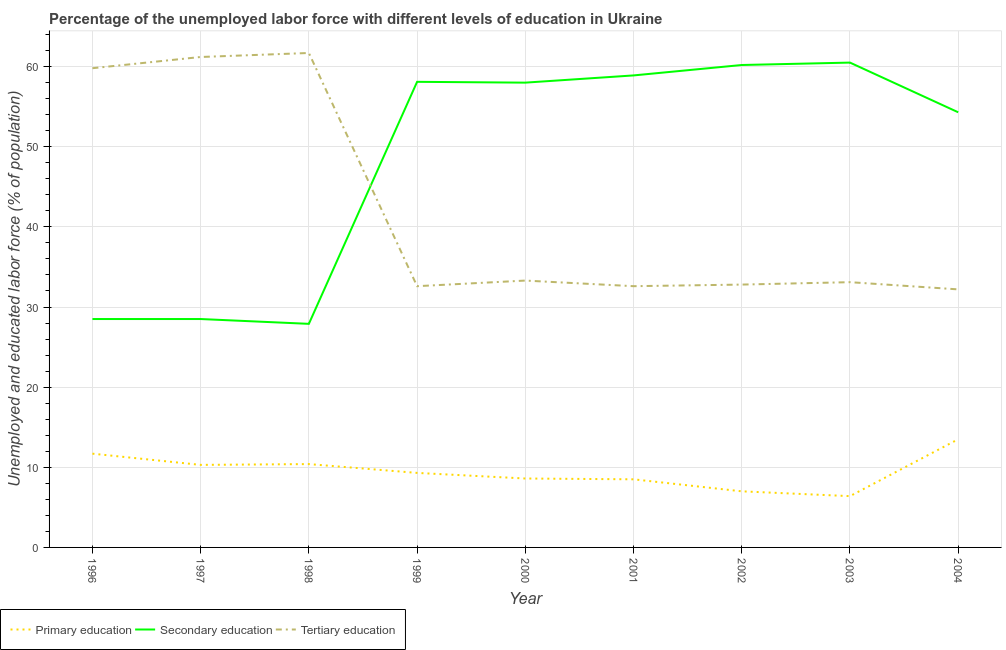
| Year | Primary education | Secondary education | Tertiary education |
 | --- | --- | --- | --- |
 | 1996 | 11.7 | 28.5 | 59.8 |
 | 1997 | 10.3 | 28.5 | 61.2 |
 | 1998 | 10.4 | 27.9 | 61.7 |
 | 1999 | 9.3 | 58.1 | 32.6 |
 | 2000 | 8.6 | 58 | 33.3 |
 | 2001 | 8.5 | 58.9 | 32.6 |
 | 2002 | 7 | 60.2 | 32.8 |
 | 2003 | 6.4 | 60.5 | 33.1 |
 | 2004 | 13.5 | 54.3 | 32.2 |